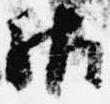
御